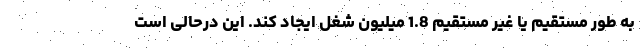
به طور مستقیم یا غیر مستقیم 1.8 میلیون شغل ایجاد کند. این درحالی است